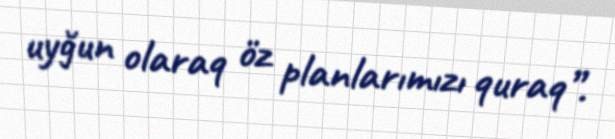
uyğun olaraq öz planlarımızı quraq”.